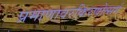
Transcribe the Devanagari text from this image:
प्रमाणावरकिरणोत्सर्ग